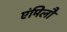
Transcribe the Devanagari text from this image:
एंमिलौ